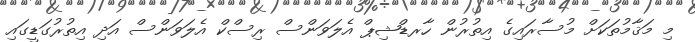
މި މަޤާމުތަކަށް މުސާރައިގެ އިތުރުން ހާރޑްޝިޕް އެލަވަންސް ރިސްކް އެލަވަންސް އަދި އިތުރުގަޑީގައި